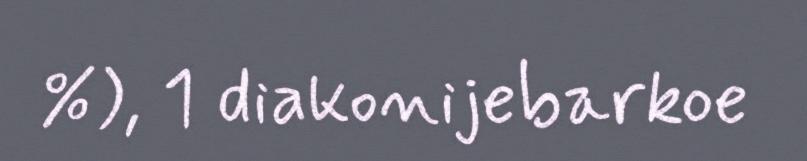
%), 1 diakonijebarkoe